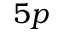
5 p